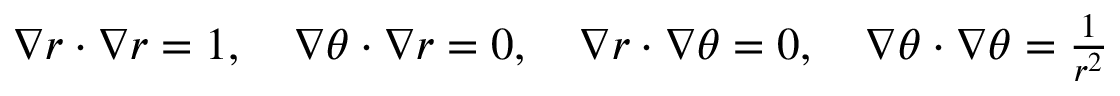
\begin{array} { r } { \nabla r \cdot \nabla r = 1 , \quad \nabla \theta \cdot \nabla r = 0 , \quad \nabla r \cdot \nabla \theta = 0 , \quad \nabla \theta \cdot \nabla \theta = \frac { 1 } { r ^ { 2 } } } \end{array}